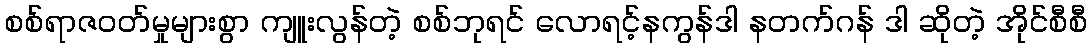
စစ်ရာဇဝတ်မှုများစွာ ကျူးလွန်တဲ့ စစ်ဘုရင် လောရင့်နကွန်ဒါ နတက်ဂန် ဒါ ဆိုတဲ့ အိုင်စီစီ